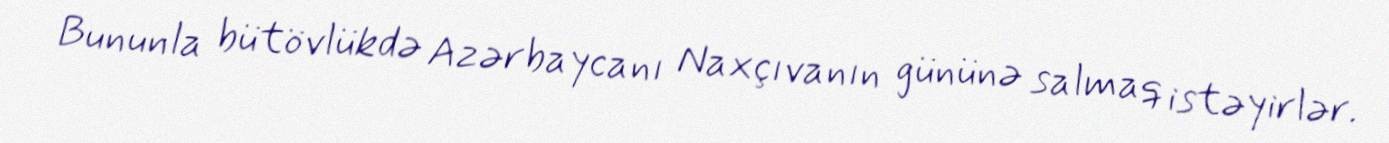
Bununla bütövlükdə Azərbaycanı Naxçıvanın gününə salmaq istəyirlər.